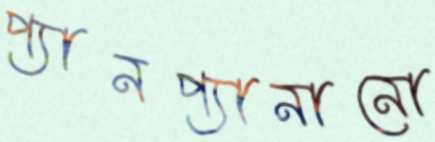
প্যানপ্যানানো